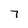
Character: 7